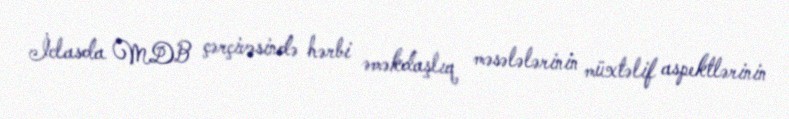
İclasda MDB çərçivəsində hərbi əməkdaşlıq məsələlərinin müxtəlif aspektlərinin